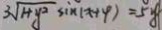
3 \sqrt { 1 + y ^ { 2 } } \sin ( x + 4 ) = 5 y